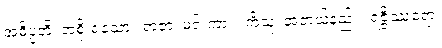
အဓိပ္ပတိ၊ အစိုးရသော။ ရာဇာ၊ မင်းကား။ ကိံသု၊ အဘယ်နည်း။ ရဇ္ဇိဿရော၊